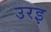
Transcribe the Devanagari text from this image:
उरइ